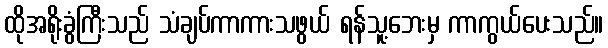
ထိုအရိုးခွံကြီးသည် သံချပ်ကာကားသဖွယ် ရန်သူ့ဘေးမှ ကာကွယ်ပေးသည်။